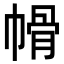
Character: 𭘱